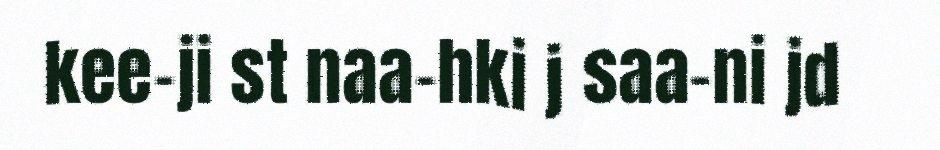
kee-ji st naa-hki j saa-ni jd